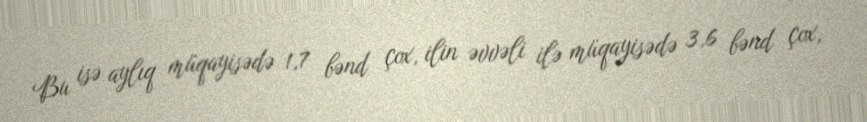
Bu isə aylıq müqayisədə 1,7 bənd çox, ilin əvvəli ilə müqayisədə 3,6 bənd çox,